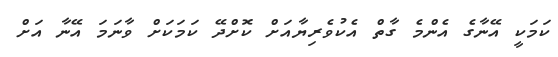
ކަމަކީ އޭނާގެ އެންމެ ގާތް އެކުވެރިޔާއަށް ކޮށްދޭ ކަމަކަށް ވާނަމަ އޭނާ އަށް